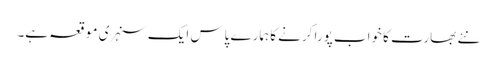
نئے بھارت کا خواب پورا کرنے کا ہمارے پاس ایک سنہری موقعہ ہے۔